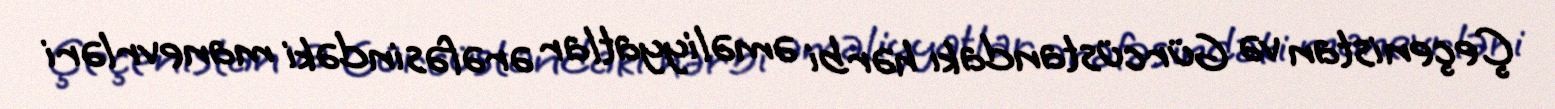
Çeçenistan və Gürcüstandakı hərbi əməliyyatlar ərəfəsindəki manevrləri